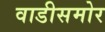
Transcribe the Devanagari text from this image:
वाडीसमोर